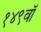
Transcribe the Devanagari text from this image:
१४९वॉ